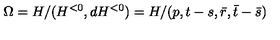
\Omega = H / ( H ^ { < 0 } , d H ^ { < 0 } ) = H / ( p , t - s , \bar { r } , \bar { t } - \bar { s } )